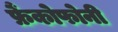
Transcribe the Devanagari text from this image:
फ्रैंकोफोनी